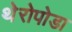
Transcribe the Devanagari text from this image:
थेरोपोडा